Indian journal of veterinary science and animal husbandry - Volume 11,
Year: 1941
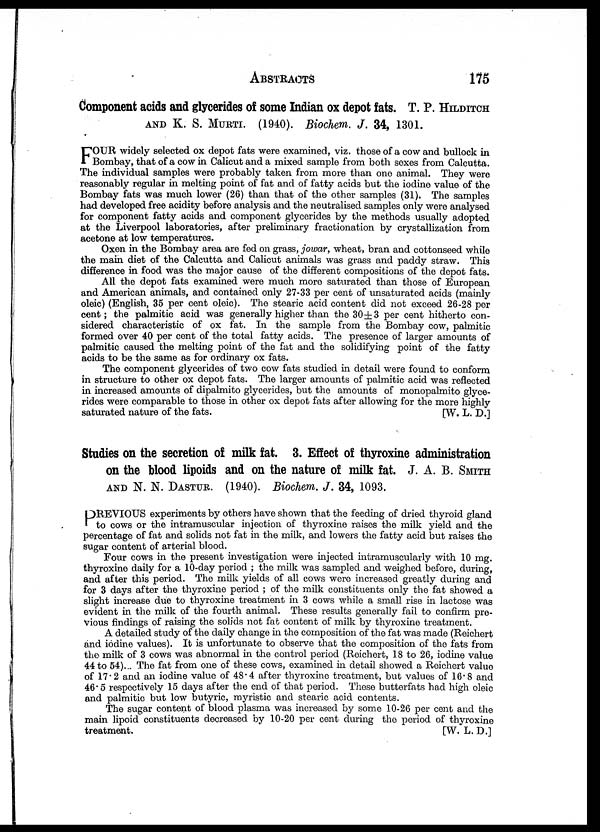
ABSTRACTS
175
Component acids and glycerides of some Indian ox depot fats. T. P. HILDITCH
AND K. S. MURTI. (1940). Biochem. J. 34, 1301.
F OUR widely selected ox depot fats were examined, viz. those of a cow and bullock in
Bombay, that of a cow in Calicut and a mixed sample from both sexes from Calcutta.
The individual samples were probably taken from more than one animal. They were
reasonably regular in melting point of fat and of fatty acids but the iodine value of the
Bombay fats was much lower (26) than that of the other samples (31). The samples
had developed free acidity before analysis and the neutralised samples only were analysed
for component fatty acids and component glycerides by the methods usually adopted
at the Liverpool laboratories, after preliminary fractionation by crystallization from
acetone at low temperatures.
Oxen in the Bombay area are fed on grass, jowar, wheat, bran and cottonseed while
the main diet of the Calcutta and Calicut animals was grass and paddy straw. This
difference in food was the major cause of the different compositions of the depot fats.
All the depot fats examined were much more saturated than those of European
and American animals, and contained only 27-33 per cent of unsaturated acids (mainly
oleic) (English, 35 per cent oleic). The stearic acid content did not exceed 26-28 per
cent; the palmitic acid was generally higher than the 30±3 per cent hitherto con-
sidered characteristic of ox fat. In the sample from the Bombay cow, palmitic
formed over 40 per cent of the total fatty acids. The presence of larger amounts of
palmitic caused the melting point of the fat and the solidifying point of the fatty
acids to be the same as for ordinary ox fats.
The component glycerides of two cow fats studied in detail were found to conform
in structure to other ox depot fats. The larger amounts of palmitic acid was reflected
in increased amounts of dipalmito glycerides, but the amounts of monopalmito glyce-
rides were comparable to those in other ox depot fats after allowing for the more highly
saturated nature of the fats.
[W. L. D.]
Studies on the secretion of milk fat. 3. Effect of thyroxine administration
on the blood lipoids and on the nature of milk fat. J. A. B. SMITH
AND N. N. DASTUR. (1940). Biochem. J. 34, 1093.
P REVIOUS experiments by others have shown that the feeding of dried thyroid gland
to cows or the intramuscular injection of thyroxine raises the milk yield and the
percentage of fat and solids not fat in the milk, and lowers the fatty acid but raises the
sugar content of arterial blood.
Four cows in the present investigation were injected intramuscularly with 10 mg.
thyroxine daily for a 10-day period ; the milk was sampled and weighed before, during,
and after this period. The milk yields of all cows were increased greatly during and
for 3 days after the thyroxine period ; of the milk constituents only the fat showed a
slight increase due to thyroxine treatment in 3 cows while a small rise in lactose was
evident in the milk of the fourth animal. These results generally fail to confirm pre-
vious findings of raising the solids not fat content of milk by thyroxine treatment.
A detailed study of the daily change in the composition of the fat was made (Reichert
and iodine values). It is unfortunate to observe that the composition of the fats from
the milk of 3 cows was abnormal in the control period (Reichert, 18 to 26, iodine value
44 to 54). The fat from one of these cows, examined in detail showed a Reichert value
of 17.2 and an iodine value of 48.4 after thyroxine treatment, but values of 16.8 and
46.5 respectively 15 days after the end of that period. These butterfats had high oleic
and palmitic but low butyric, myristic and stearic acid contents.
The sugar content of blood plasma was increased by some 10-26 per cent and the
main lipoid constituents decreased by 10-20 per cent during the period of thyroxine
treatment.
[W. L. D.]